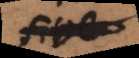
siv